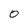
Character: 0